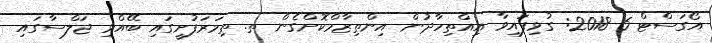
އޯގަސްޓް 6 2018: ގުޅިފައިވާ އިއްތިހާދުން އިންތިޒާމްކޮށްގެން ތ. ތިމަރަފުށީގައި ބޭއްވި ޖަލްސާގައި